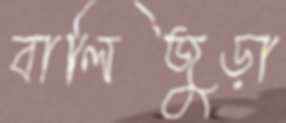
বালিজুড়া